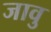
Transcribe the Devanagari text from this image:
जावु